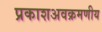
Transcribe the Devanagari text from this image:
प्रकाशअवक्रमणीय